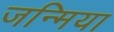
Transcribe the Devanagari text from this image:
जन्मिया